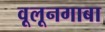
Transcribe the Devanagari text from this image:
वूलूनगाबा